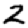
Digit: 2